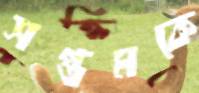
সপ্তমকে